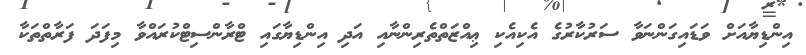
އިންޑިޔާއަށް ވަޑައިގަންނަވާ ސަރުކާރުގެ އެކިއެކި ޢިއްޒަތްތެރިންނާއި އަދި އިންޑިޔާގައި ޓްރާންސިޓްކުރައްވާ މިފަދަ ފަރާތްތަކާ